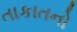
તાકાતનો